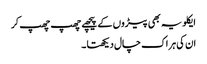
ایکلویہ بھی پیڑوں کے پیچھے چھپ چھپ کر
ان کی ہر اک چال دیکھتا ۔